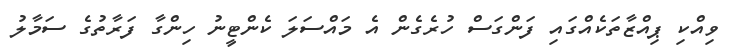
ވިއްކި ޕިއްޒާތަކެއްގައި ފަންގަސް ހުރެގެން އެ މައްސަލަ ކެންޓީނު ހިންގާ ފަރާތުގެ ސަމާލު